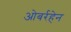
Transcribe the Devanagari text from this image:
ओबर्रहेन